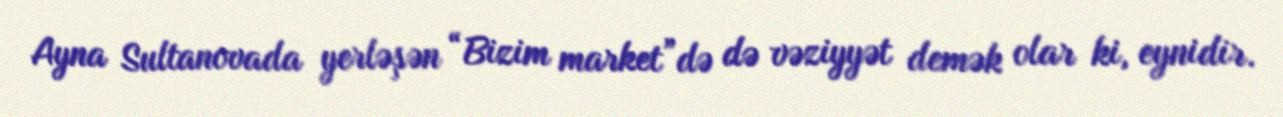
Ayna Sultanovada yerləşən “Bizim market”də də vəziyyət demək olar ki, eynidir.